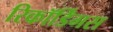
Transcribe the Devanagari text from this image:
रिकॉर्डिंगस